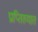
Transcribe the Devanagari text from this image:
प्राप्तिख्यात